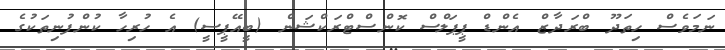
ނަމަވެސް ހިތަދޫ ބްރަދާޒް އެންޑް ޕީޕަލްސް ކޮންސްޓްރަކްޝަން (ބީއޭޕީސީ) އެ ހުރިހާ ކުންފުނިތަކުގެ